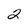
Character: 2